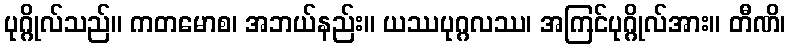
ပုဂ္ဂိုလ်သည်။ ကတမောစ၊ အဘယ်နည်း။ ယဿပုဂ္ဂလဿ၊ အကြင်ပုဂ္ဂိုလ်အား။ တီဏိ၊